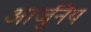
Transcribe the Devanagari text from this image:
आर्जुनेय